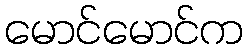
မောင်မောင်က